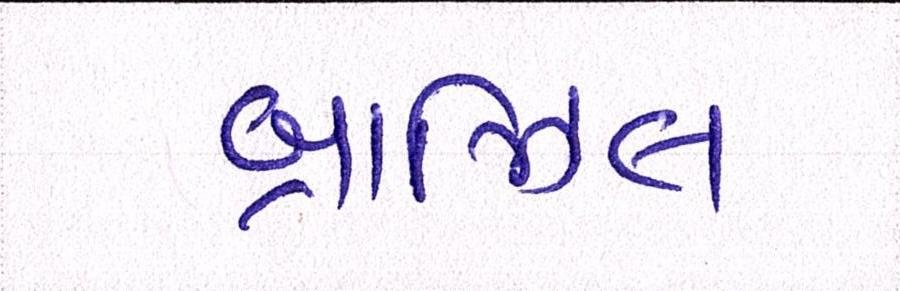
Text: બ્રાઝિલ